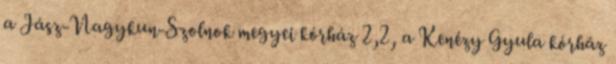
a Jász-Nagykun-Szolnok megyei kórház 2,2, a Kenézy Gyula kórház